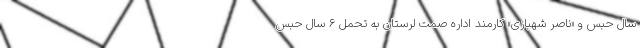
سال حبس و «ناصر شهبازی» کارمند اداره صمت لرستان به تحمل ۶ سال حبس